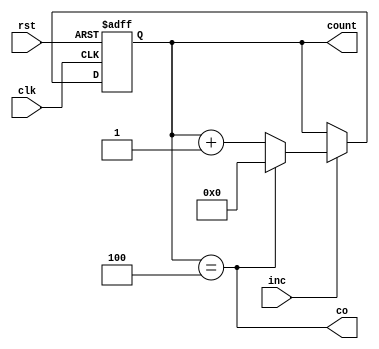
module wrapper_counter #(parameter N = 5) (
    input clk, rst, inc,
    output reg [7:0] count,
    output co
);
    always @(posedge clk or posedge rst) begin
        
        if (rst) count <= 8'b0;
        else if (inc) begin
            if (co) count <= 8'b0;
            else count <= count + 8'b00000001;
        end
    end

    assign co = (count == N - 1);
endmodule